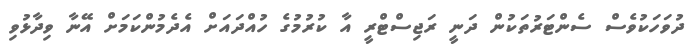
ދުވަހަކުވެސް ސެންޓަރުތަކުން ދަނީ ރަޖިސްޓްރީ އާ ކުރުމުގެ ހުއްދައަށް އެދެމުންކަމަށް އޭނާ ވިދާޅުވި